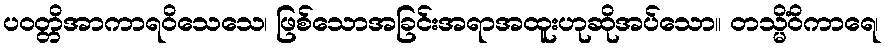
ပဝတ္တိအာကာရဝိသေသေ၊ ဖြစ်သောအခြင်းအရာအထူးဟုဆိုအပ်သော။ တသ္မိံဝိကာရေ၊